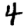
Digit: 4